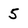
Character: 5